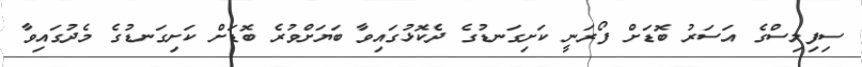
ސިފިލިސްގެ އަސަރު ބޮޑަށް ފޯރަނީ ކަށިގަނޑުގެ ދެކޮޅުގައިވާ ބަޔަށްވުރެ ބޮޑަށް ކަށިގަނޑުގެ މެދުގައިވާ